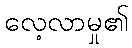
လေ့လာမှု၏